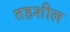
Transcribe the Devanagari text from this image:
तहशील